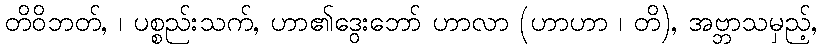
တိဝိဘတ်, ၊ ပစ္စည်းသက်, ဟာ၏ဒွေးဘော် ဟာလာ (ဟာဟာ ၊ တိ), အဗ္ဘာသမှည့်,